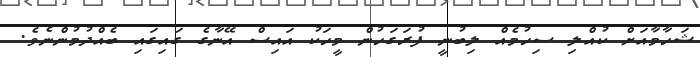
ޝަހާމާއަށް ކުއްލި ސިހުމެއް ލިބުނީ ފުރަގަހުން މީހަކު އައިސް އޭނާގެ ގައިގައި ބެއްދުމުންނެވެ.